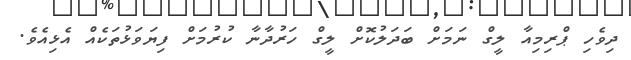
ދިވެހި ޕްރިމިއާ ލީގް ނަމަށް ބަދަލުކޮށް ލީގް ހަރުދާނާ ކުރުމަށް ފިޔަވަޅުތަކެއް އެޅިއެވެ.